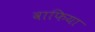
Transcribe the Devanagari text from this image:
वाफिया